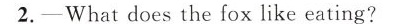
2.-What does the fox like eating?